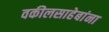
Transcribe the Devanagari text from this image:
वकीलसाहेबांना